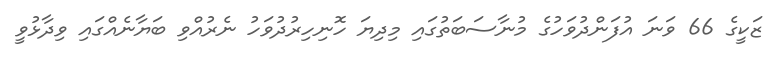
ޒަކީގެ 66 ވަނަ އުފަންދުވަހުގެ މުނާސަބަތުގައި މިދިޔަ ހޮނިހިރުދުވަހު ނެރުއްވި ބަޔާނެއްގައި ވިދާޅުވީ